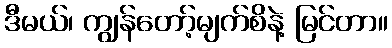
ဒီမယ်၊ ကျွန်တော့်မျက်စိနဲ့ မြင်တာ။